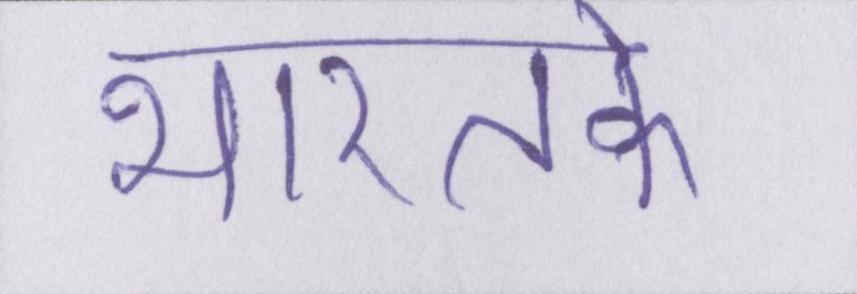
भारतके